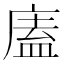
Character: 廅